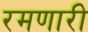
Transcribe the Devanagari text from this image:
रमणारी